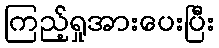
ကြည့်ရှုအားပေးပြီး